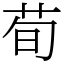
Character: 荀